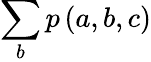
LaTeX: \sum_{b}p\left(a,b,c\right)